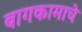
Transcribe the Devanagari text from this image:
बागकामाचे